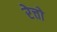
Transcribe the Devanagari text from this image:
रेत्तो